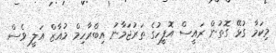
މިކަމާ ގުޅޭ ގޮތުން ރައީސް އޮފީހުގެ ތަރުޖަަމާނު އިބްރާހިމް މުއާޒް އަލީ ވެސް